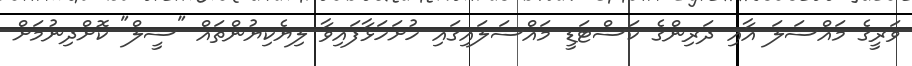
ވަރީގެ މައްސަލަ އާއި ދަރިންގެ ކަސްޓަޑީ މައްސަލައިގައި ހުށަހަޅާފައިވާ ލިޔެކިޔުންތައް "ސީލް" ކޮށްދިނުމަށް